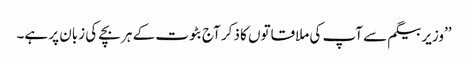
’’وزیر بیگم سے آپ کی ملاقاتوں کا ذکر آج بٹوت کے ہر بچے کی زبان پر ہے۔